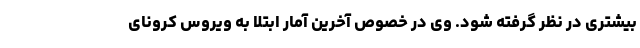
بیشتری در نظر گرفته شود. وی در خصوص آخرین آمار ابتلا به ویروس کرونای